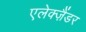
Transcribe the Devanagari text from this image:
एलेक्ज़ैंडर